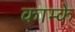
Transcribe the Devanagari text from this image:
काम्के